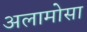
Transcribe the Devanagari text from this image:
अलामोसा